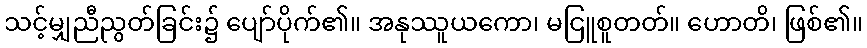
သင့်မျှညီညွတ်ခြင်း၌ ပျော်ပိုက်၏။ အနုဿူယကော၊ မငြူစူတတ်။ ဟောတိ၊ ဖြစ်၏။